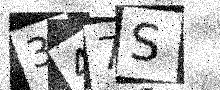
Text: 347S